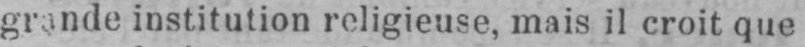
grande institution religieuse, mais il croit que